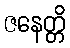
ဇနေတ္တိ